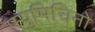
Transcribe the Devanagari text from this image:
फ्युमिचिनो